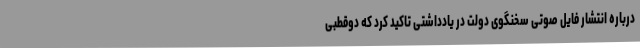
درباره انتشار فایل صوتی سخنگوی دولت در یادداشتی تاکید کرد که دوقطبی